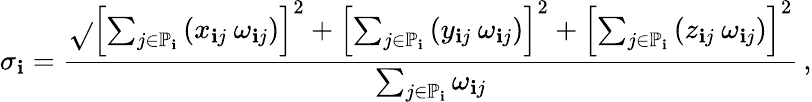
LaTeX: \sigma_{\mathbf{i}}=\frac{{\sqrt{}{{\left[\sum_{j\in\mathbb{{P}}_{\mathbf{i}}}\left(x_{\mathbf{i}j}\: \omega_{\mathbf{i}j}\right)\right]^{2}+\left[\sum_{j\in\mathbb{{P}}_{\mathbf{i}}}\left(y_{\mathbf{i}j}\: \omega_{\mathbf{i}j}\right)\right]^{2}+\left[\sum_{j\in\mathbb{{P}}_{\mathbf{i}}}\left(z_{\mathbf{i}j}\: \omega_{\mathbf{i}j}\right)\right]^{2}}}}}{{\sum_{j\in\mathbb{{P}}_{\mathbf{i}}}\omega_{\mathbf{i}j}}}\, ,